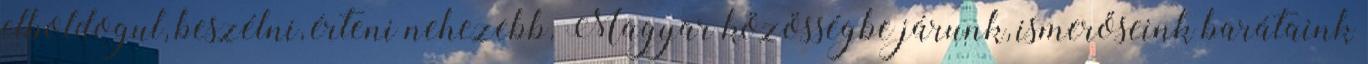
elboldogul, beszélni, érteni nehezebb. Magyar közösségbe járunk, ismerőseink barátaink